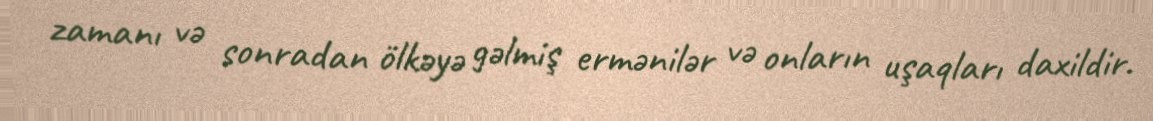
zamanı və sonradan ölkəyə gəlmiş ermənilər və onların uşaqları daxildir.